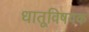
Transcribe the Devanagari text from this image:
धातूविषयक